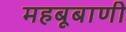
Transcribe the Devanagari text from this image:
महबूबाणी